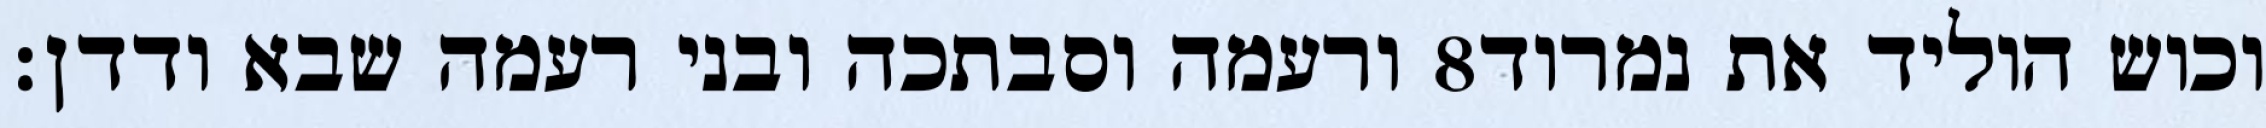
ורעמה וסבתכה ובני רעמה שבא ודדן׃ ‎8‏ וכוש הוליד את נמרוד